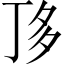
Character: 𠀲